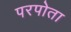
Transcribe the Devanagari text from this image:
परपोता